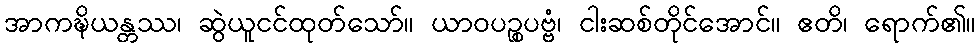
အာကဍ္ဎိယန္တဿ၊ ဆွဲယူငင်ထုတ်သော်။ ယာဝပဉ္စပဗ္ဗံ၊ ငါးဆစ်တိုင်အောင်။ ဧတိ၊ ရောက်၏။